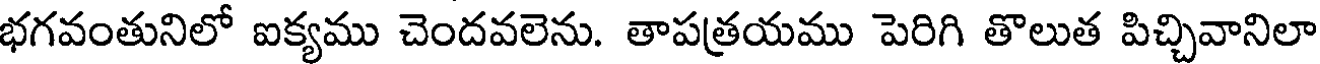
భగవంతునిలో ఐక్యము చెందవలెను. తాపత్రయము పెరిగి తొలుత పిచ్చివానిలా